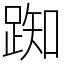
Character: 踟